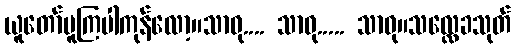
ယူတော်မူကြပါကုန်လော့။သာဓု.... သာဓု..... သာဓု။သလ္လေခသုတ်